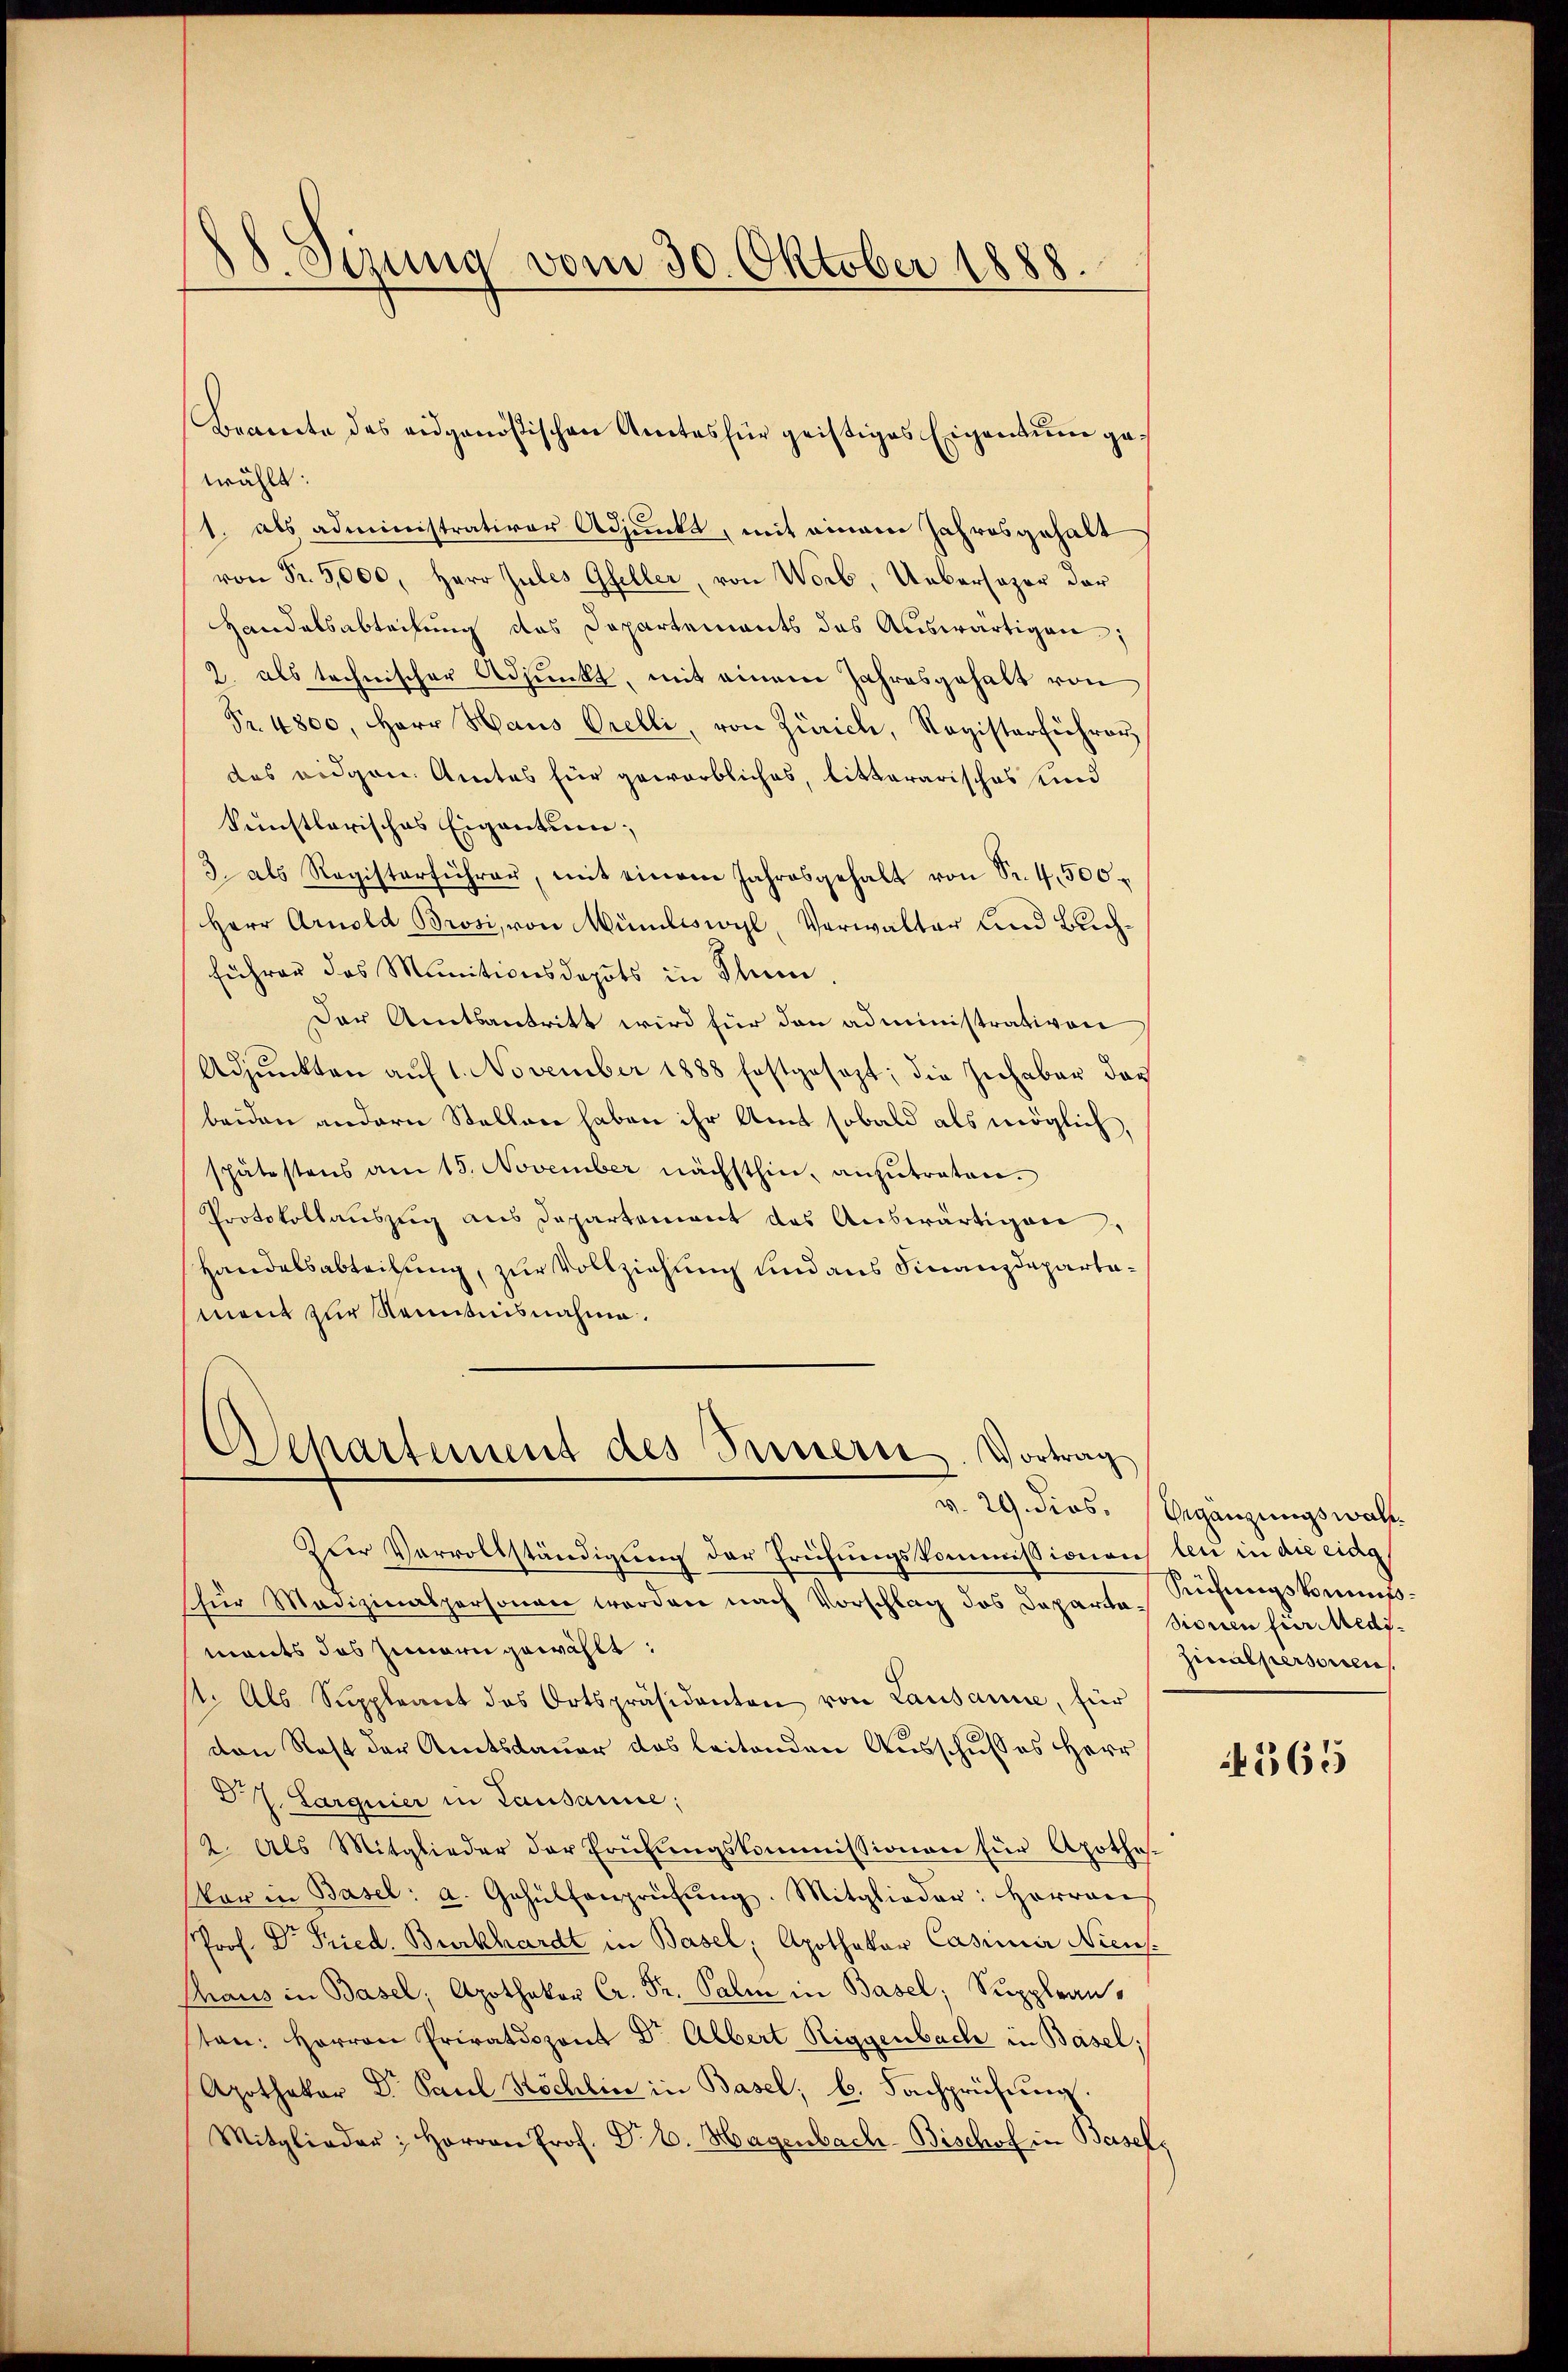
18. Sizung vom 30. Oktober 1888.

wählt:
1. als administrativer Adjunkt, mit einem Jahresgehalt
von Fr. 5,000, Herr Jules Gfeller, von Worb, Uebersager der
Handelsabteilung das Departements das Auswärtigen;
2. als technischer Adjunkt, mit einem Jahresgehalt von
Fr. 4800, Herr Haus Orelli, von Zürich, Registerführen
des eidgen. Amtes für geworbliches, litterarisches und
künstlerisches Eigentum;
3. als Registerführer, mit einem Jahresgehalt von Sr. 4, 500
Herr Arnold Brosi, von Mündliswyl, Verwalter und Buchführer das Munitionsdepots in Thun.
Der Amtsantritt wird für den administrativen
Adjunkten auf 1. November 1888 festgesezt; die Juchabar das
beiden andern Stellen haben ihr Amt sobald als möglich,
spätestens am 15. November nächsthin, anzŭtreten.
Protokollauszug aus Departement des Auswärtigen
Handelsabteilung, zur Vollziehung und aus Finanzdepartament zur Kenntnisnahme.

Beamte des eidgenößischen Amtes für geistiges Eigentum ge¬

Departement des Innern. Vortrag

Zur Vervollständigung der Prüfungskommissionen bei in die eidg
für Medizinalpersonen werden nach Vorschlag des Departe Rühŭngskommis-
mants das Zimmern gewählt:
11. Als Suppleant des Ortspräsidenten von Lausanne, für
von Rest der Amtsdauer das leitenden Ausschusses Herr
D. J. Larguier in Lausanne;
2. Als Mitglieder der Prüfungskommissionen für Apothes-
Vor in Basel: a. Gehülfenprüfŭng. Mitglieder: Herren
Prof. Dr Fried. Burkhardt in Basel; Apothekar Casimir Nicus.
Thaus in Basel, Apotheker Cr. Fr. Sali in Basel, Supplranten: Herren Privatdozent Dr. Albert Riggenbach in Basel;
Apothekar Dr. Paul Höchlin in Basel; b. Fachprüfung.
Mitglieder; Herrn Prof. Dr E. Hagenbach- Bischof in Basel,

v. 29 dies. begänzungswahsionen für Medizinalpersonen

4365